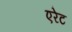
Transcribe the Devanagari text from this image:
एरेट